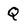
Character: Q